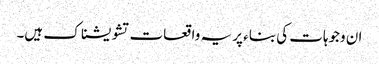
ان وجوہات کی بناء پر یہ واقعات تشویشناک ہیں۔